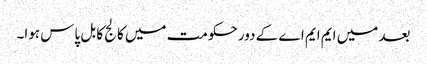
بعد میں ایم ایم اے کے دور حکومت میں کالج کا بل پاس ہوا۔